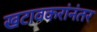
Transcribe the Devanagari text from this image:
खटावकरांनंतर